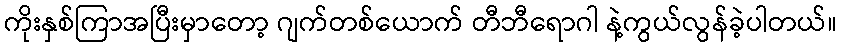
ကိုးနှစ်ကြာအပြီးမှာတော့ ဂျက်တစ်ယောက် တီဘီရောဂါ နဲ့ကွယ်လွန်ခဲ့ပါတယ်။